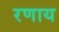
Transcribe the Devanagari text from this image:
रणाय